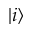
| i \rangle